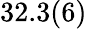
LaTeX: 32.3(6)